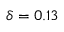
\delta = 0 . 1 3